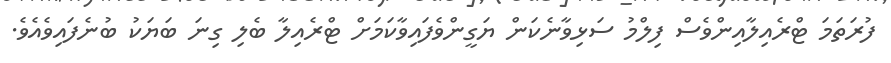
ފުރަތަމަ ޓްރެއިލާއިންވެސް ފިލްމު ސަޅިވާނެކަން ޔަގީންވެފައިވާކަމަށް ޓްރެއިލާ ބެލި ގިނަ ބަޔަކު ބުނެފައިވެއެވެ.